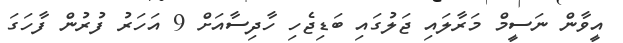
އީވާން ނަސީމް މަރާލައި ޖަލުގައި ބަޑިޖެހި ހާދިސާއަށް 9 އަހަރު ފުރުން ފާހަގަ